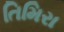
તિમિરા